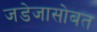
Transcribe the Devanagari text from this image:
जडेजासोबत